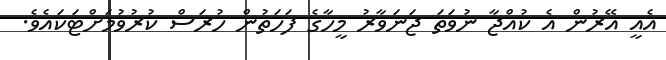
އެއީ އޭރުން އެ ކުއްޖާ ނުވަތަ ޖަނަވާރު މީހާގެ ފަހަތުން ހުރަސް ކުރުވުމަށްޓަކައެވެ.